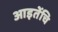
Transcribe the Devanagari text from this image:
आइतेंचि